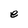
Character: e